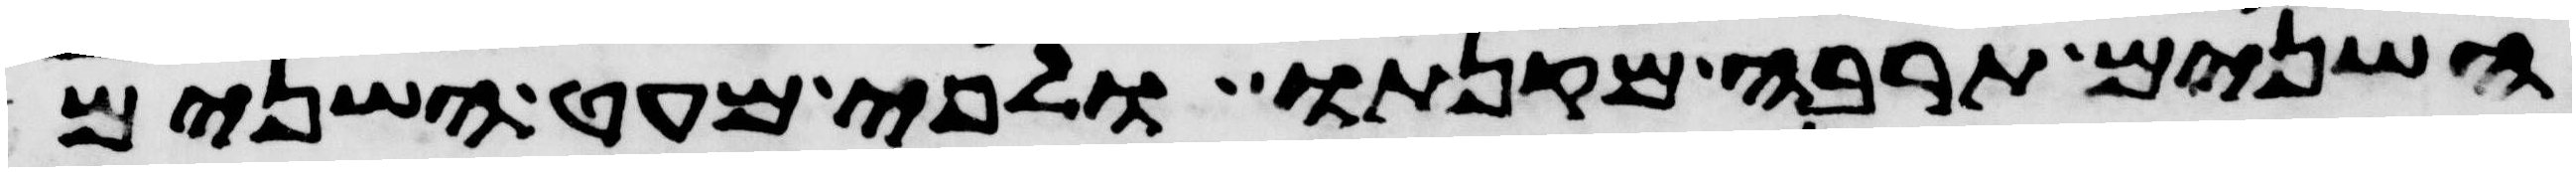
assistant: השנים תרבה מקנתו ולפי מעט השנים